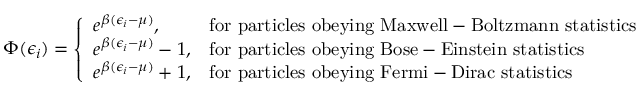
\Phi ( \epsilon _ { i } ) = { \left\{ \begin{array} { l l } { e ^ { \beta ( \epsilon _ { i } - \mu ) } , } & { { \mathrm { f o r ~ p a r t i c l e s ~ o b e y i n g ~ M a x w e l l - B o l t z m a n n ~ s t a t i s t i c s } } } \\ { e ^ { \beta ( \epsilon _ { i } - \mu ) } - 1 , } & { { \mathrm { f o r ~ p a r t i c l e s ~ o b e y i n g ~ B o s e - E i n s t e i n ~ s t a t i s t i c s } } } \\ { e ^ { \beta ( \epsilon _ { i } - \mu ) } + 1 , } & { { \mathrm { f o r ~ p a r t i c l e s ~ o b e y i n g ~ F e r m i - D i r a c ~ s t a t i s t i c s } } } \end{array} \right. }